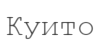
Куито